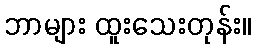
ဘာများ ထူးသေးတုန်း။